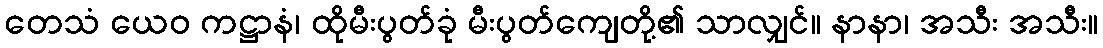
တေသံ ယေဝ ကဋ္ဌာနံ၊ ထိုမီးပွတ်ခုံ မီးပွတ်ကျေတို့၏ သာလျှင်။ နာနာ၊ အသီး အသီး။